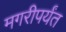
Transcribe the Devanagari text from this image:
मगरीपर्यंत